Annual administration report of the Civil Veterinary Department of India - 1896-1897
Year: 1896
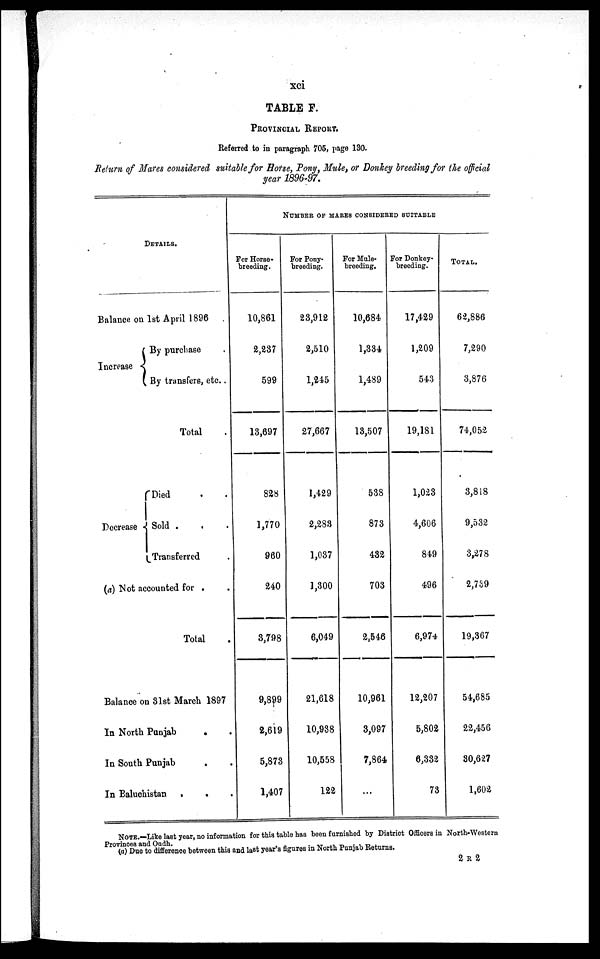
xci
TABLE F.
PROVINCIAL REPORT.
Referred to in paragraph 705, page 130.
Return of Mares considered suitable for Horse, Pony, Mule, or Donkey breeding for the official
year 1896-97.
DETAILS.
Balance on 1st April 1896 .
Increase
By purchase .
By transfers, etc. .
Total .
Decrease
Died . .
Sold .
. .
Transferred .
(a) Not accounted for . .
Total .
Balance on 81st March 1897
In North Punjab
. .
In South Punjab . .
In Baluchistan . . .
NUMBER OF MARES CONSIDERED SUITABLE
For Horse-
breeding.
10,861
2,237
599
13,697
828
1,770
960
240
3,798
9,899
2,619
5,873
1,407
For Pony-
breeding.
23,912
2,510
1,245
27,667
1,429
2,283
1,037
1,300
6,049
21,618
10,938
10,558
122
For Mule-
breeding,
10,684
1,334
1,489
13,507
538
873
432
703
2,546
10,961
3,097
7,864
...
For Donkey-
breeding.
17,429
1,209
543
19,181
1,023
4,606
849
496
6,974
12,207
5,802
6,332
73
TOTAL.
62,886
7,290
3,876
74,052
3,818
9,532
3,278
2,739
19,367
54,685
22,456
30,627
1,602
NOTE.—Like last year, no information for this table has been furnished by District Officers in North-Western
Provinces and Oudh.
(a) Due to difference between this and last year's figures in North Punjab Returns.
2 R 2